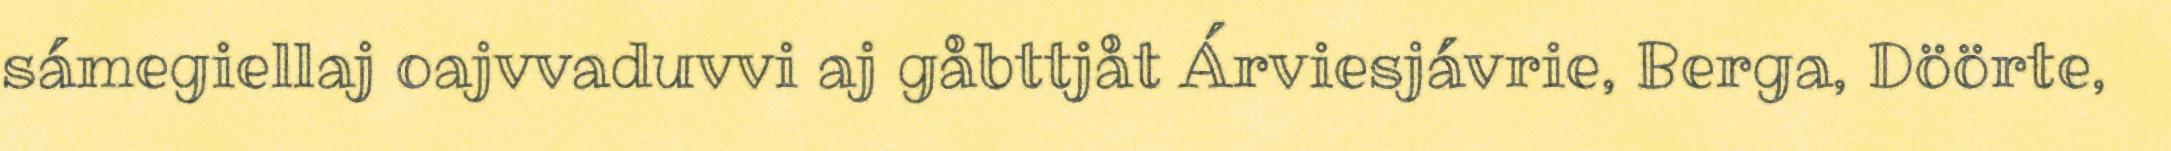
sámegiellaj oajvvaduvvi aj gåbttjåt Árviesjávrie, Berga, Döörte,